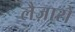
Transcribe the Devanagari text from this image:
लैज़ारो